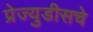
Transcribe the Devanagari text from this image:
प्रेज्युडीसचे